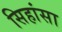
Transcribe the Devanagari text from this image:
सिहांसा